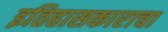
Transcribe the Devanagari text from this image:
इतिहासकाराचा